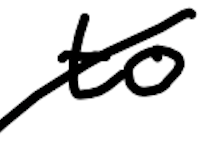
Text: to
Cross-out: diagonal
Writing tool: digital_black